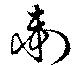
衛